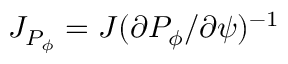
{ \cal J } _ { P _ { \phi } } = { \cal J } ( \partial P _ { \phi } / \partial \psi ) ^ { - 1 }